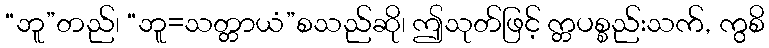
“ဘူ”တည်၊ “ဘူ=သတ္တာယံ”စသည်ဆို၊ ဤသုတ်ဖြင့် က္တပစ္စည်းသက်, ကွစိ